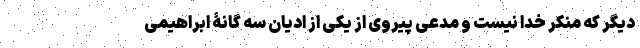
دیگر که منکر خدا نیست و مدعی پیروی از یکی از ادیان سه گانۀ ابراهیمی